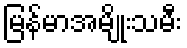
မြန်မာအမျိုးသမီး